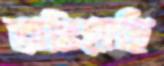
ভাঙিয়াছি